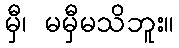
မှီ၊ မမှီမသိဘူး။